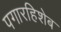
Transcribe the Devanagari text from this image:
पगारहिशेब